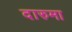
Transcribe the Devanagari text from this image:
दारुमा